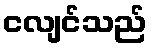
ငလျင်သည်